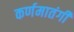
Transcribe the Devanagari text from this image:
कर्णमातंगी